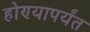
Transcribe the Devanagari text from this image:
होण्यापर्यंत